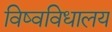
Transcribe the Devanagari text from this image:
विष्वविधालय